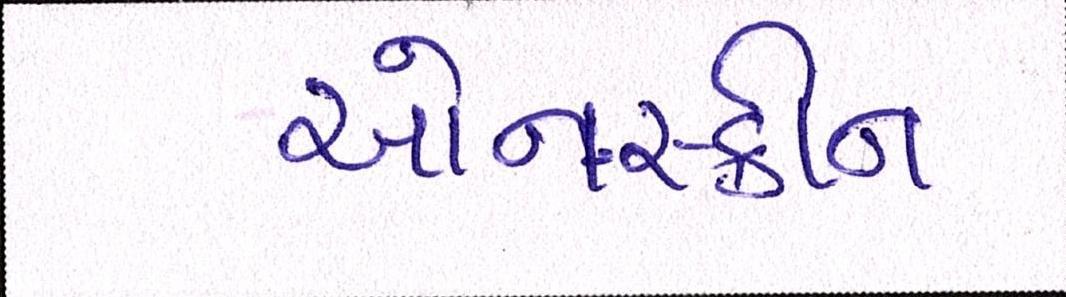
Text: ઓનસ્ક્રીન